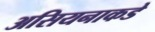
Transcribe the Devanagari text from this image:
असियनाकडे